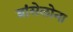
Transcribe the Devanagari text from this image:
ब्रांसेलोना